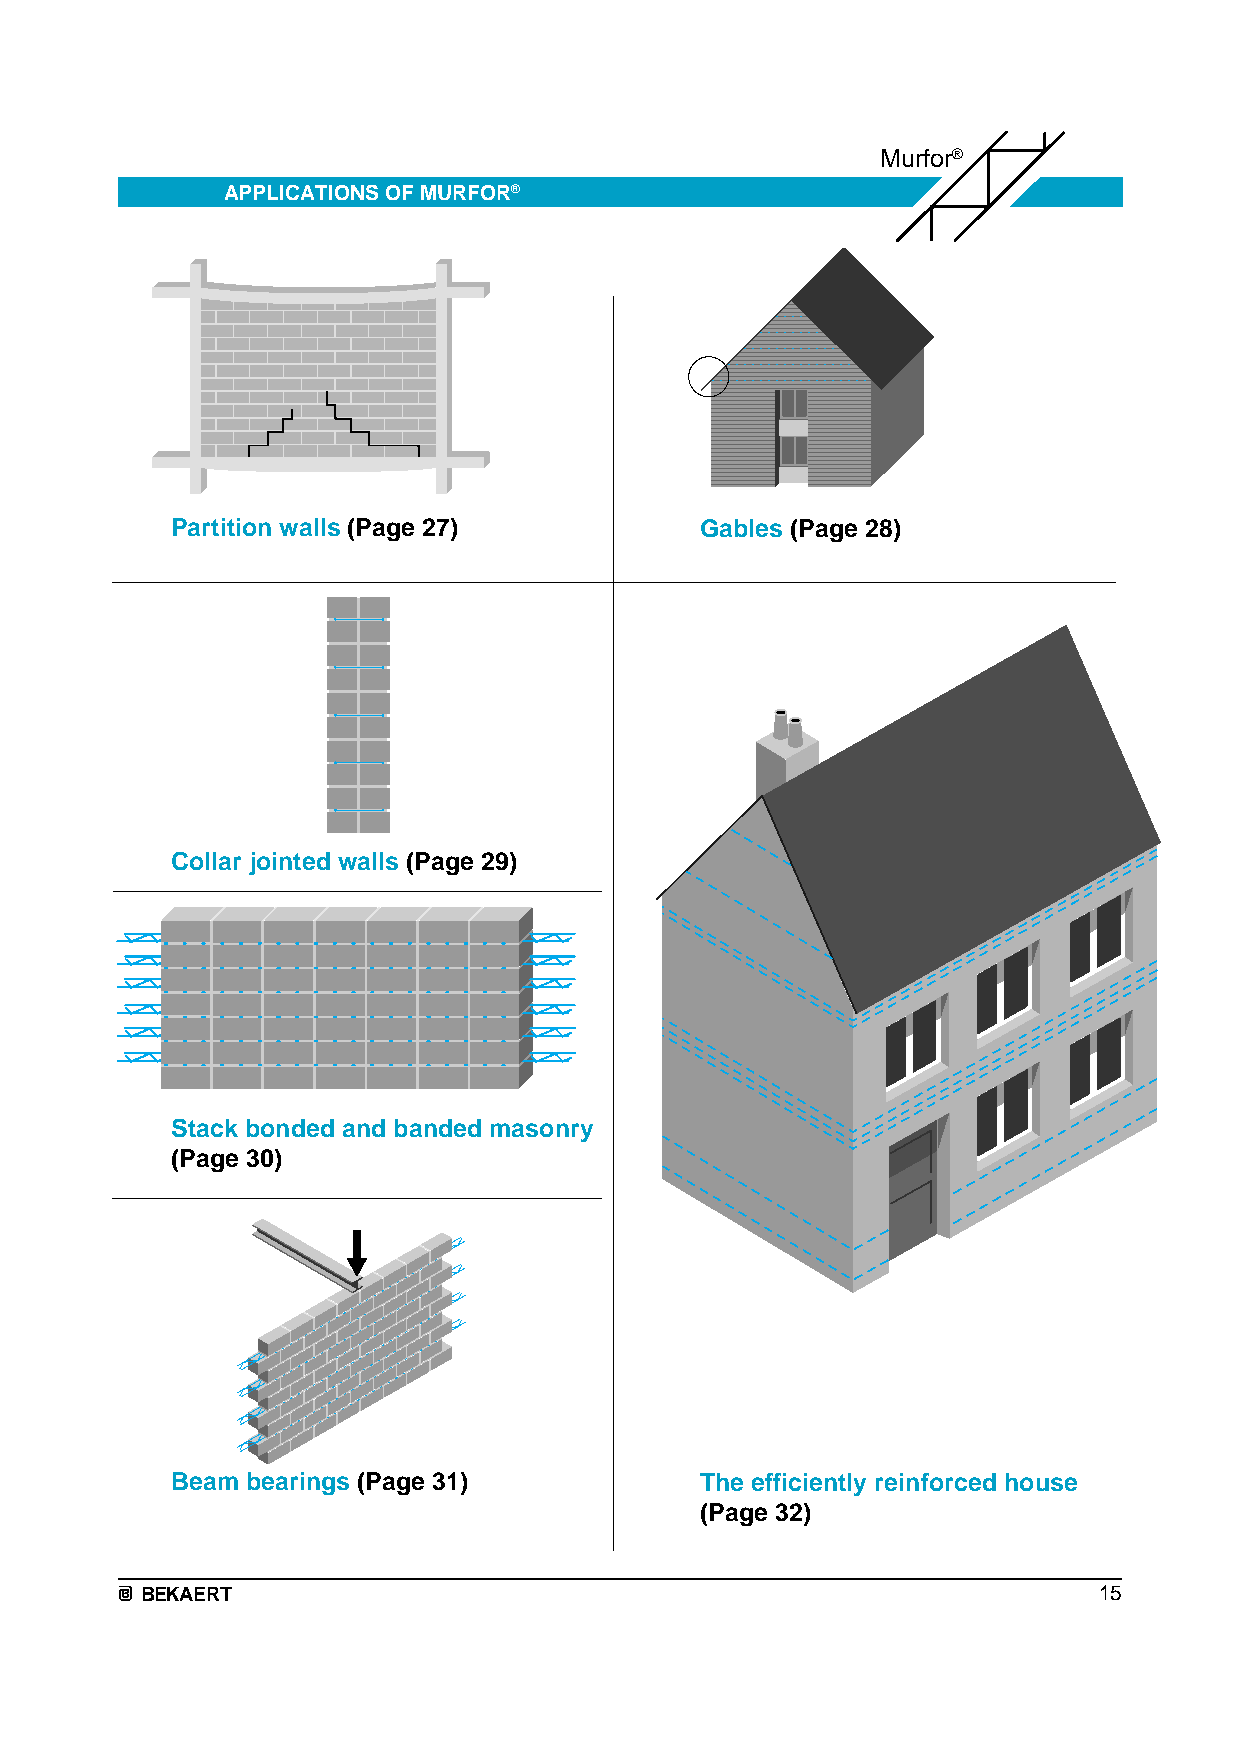
Murfor®
 APPLICATIONS OF MURFOR®
 Partition walls (Page 27)          Gables (Page 28)
 Collar jointed walls (Page 29)
 Stack bonded and banded masonry
 (Page 30)
 Beam bearings (Page 31)            The efficiently reinforced house
 (Page 32)
 BEKAERT                                                         15